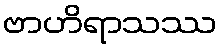
ဗာဟိရာသဿ